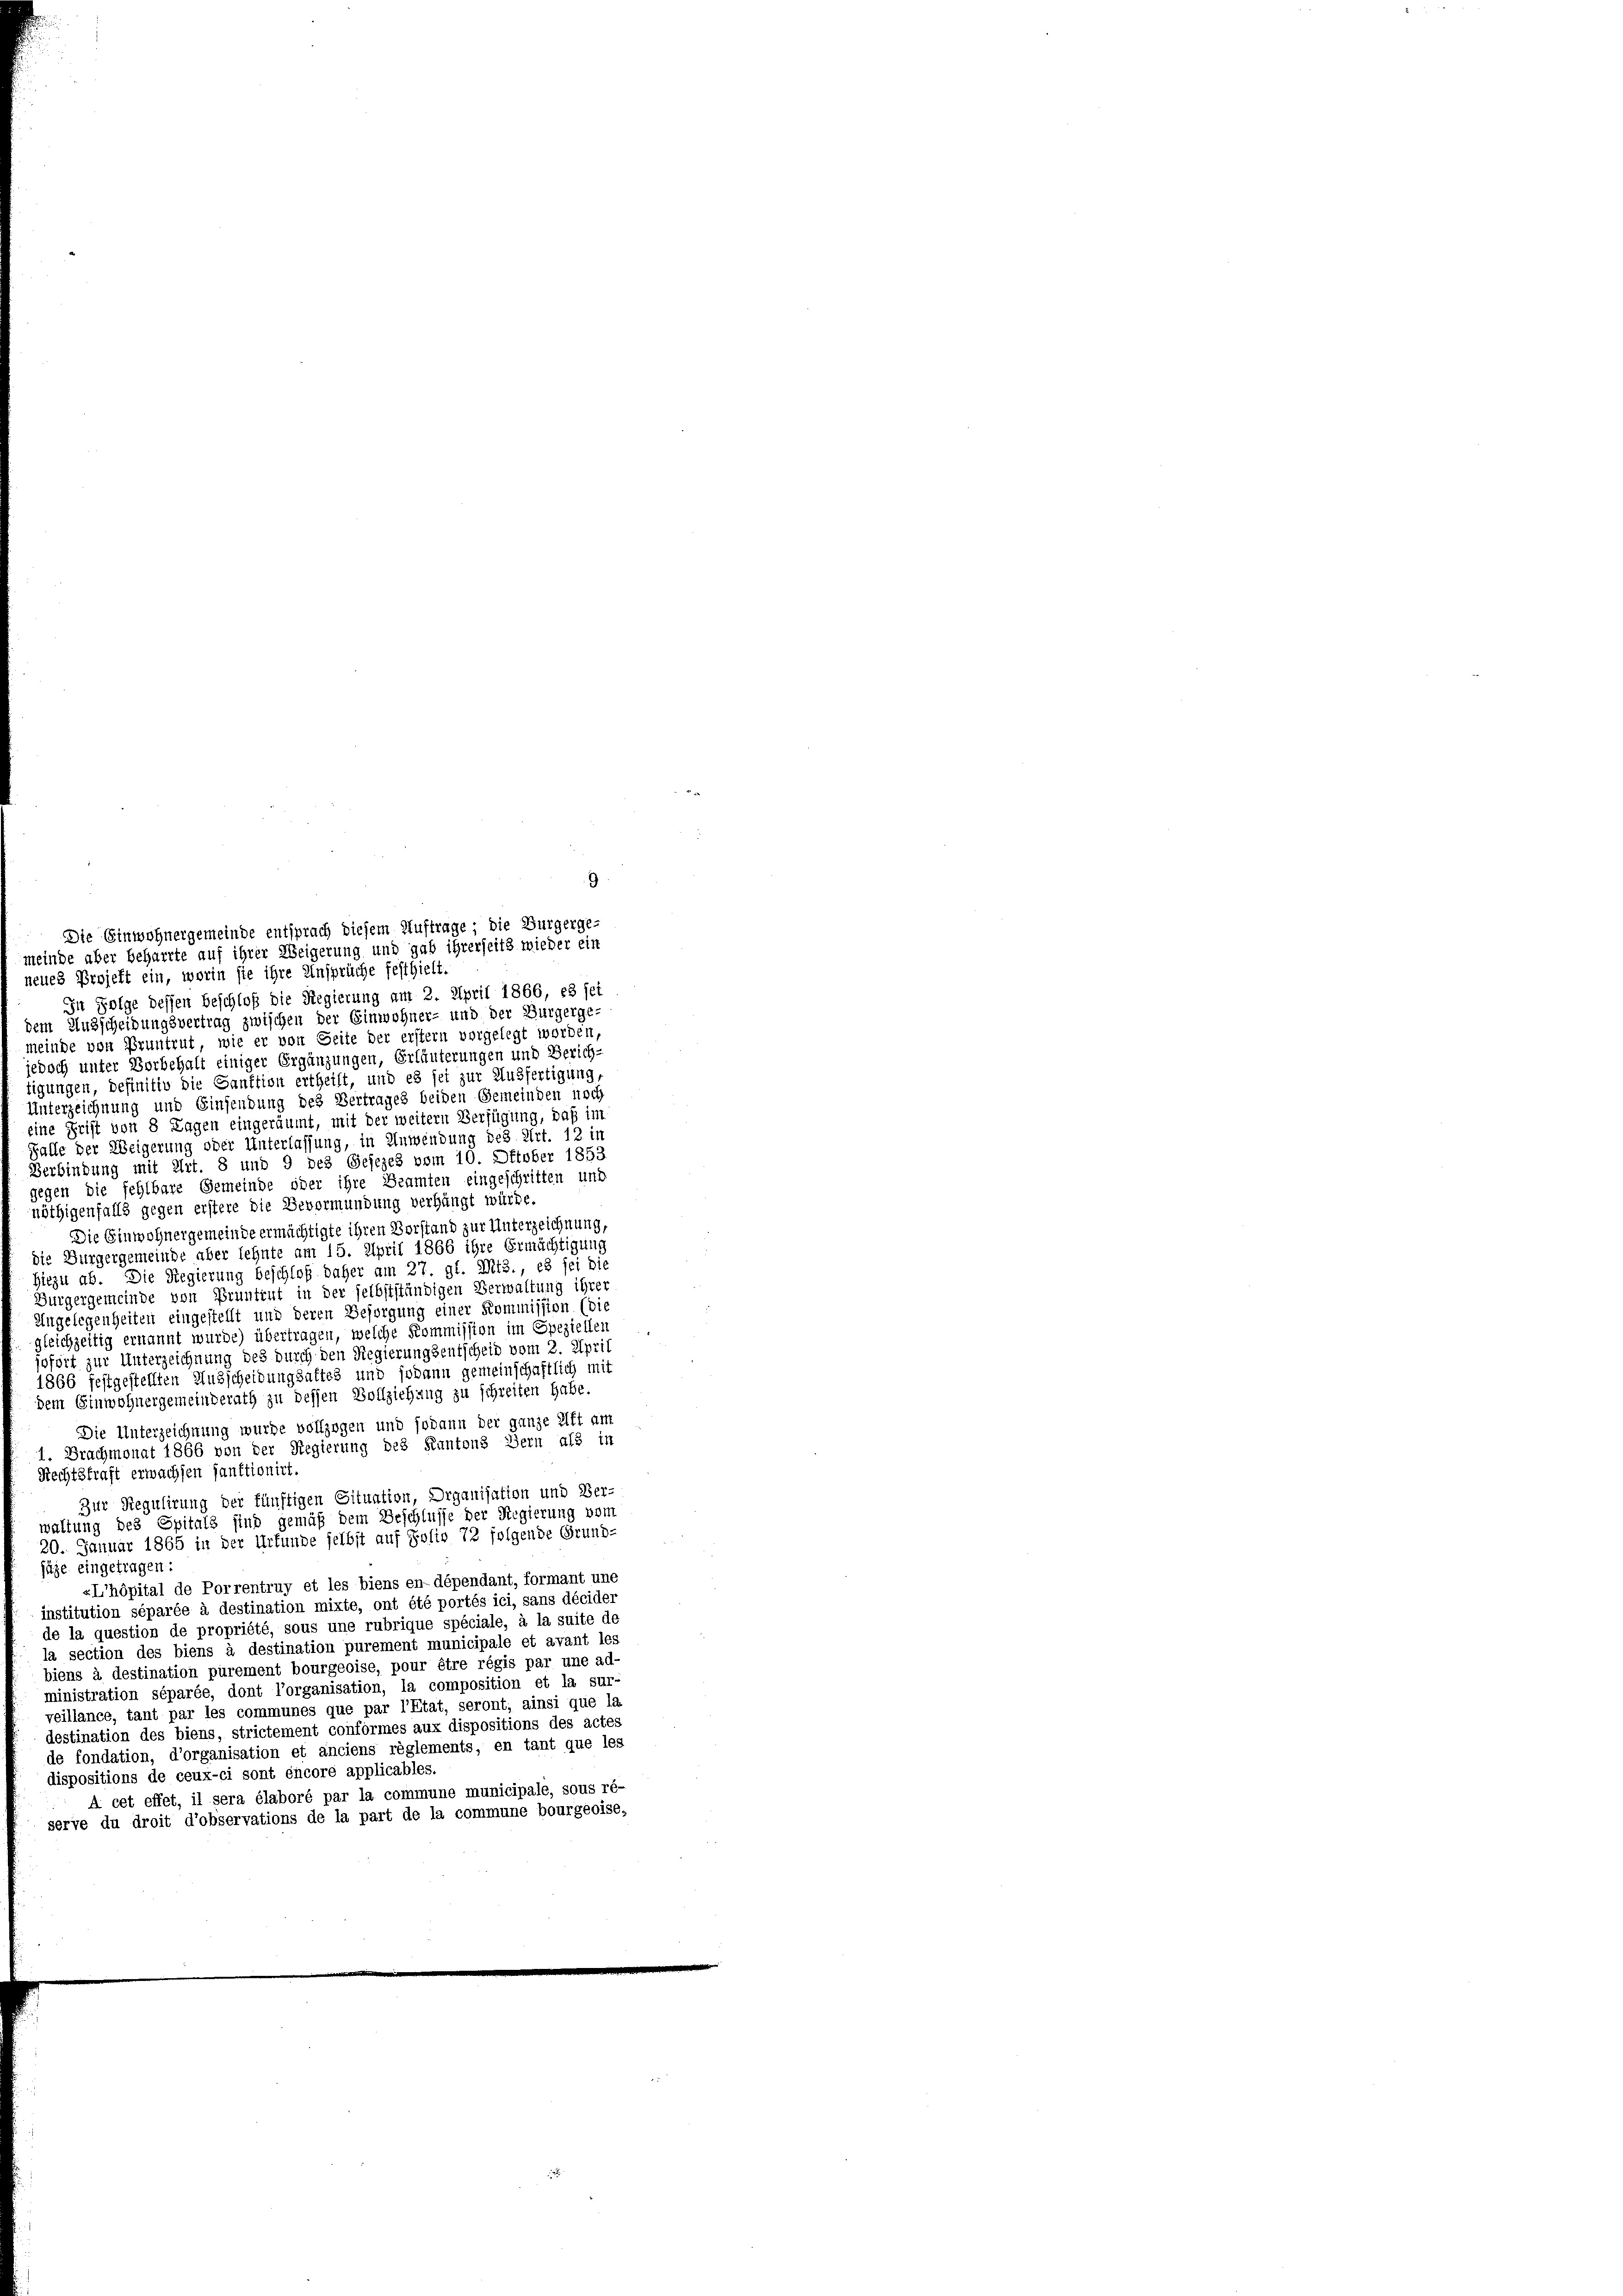
9

Die Einwohnergemeinde entsprach diesem Auftrage; die Burgerge-
meinde aber beharrte auf ihrer Weigerung und gab ihrerseits wieder ein
neues Projekt ein, worin sie ihre Ansprüche festhielt.
In Folge dessen Beschloß die Regierung am 2. April 1866, es jet
dem Ausscheidungsvertrag zwischen der Einwohner- und der Burgerge-
meinde von Pruntrut, wie er von Seite der erster vorgelegt worden,
jedoch unter Vorbehalt einiger Ergänzungen, Erläuterungen und Zürich-
tigungen, definitiv die Sanktion ertheilt, und es sei zur Ausfertigung,
Unterzeichnung und Einsendung des Vertrages beiden Gemeinden noch
eine Frist von 8 Tagen eingeräumt, mit der weitern Verfügung, daß im
Falle der Weigerung oder Unterlassung, in Anwendung des Art. 12 in
Verbindung mit Art. 8 und 9 des Gesezes vom 10. Oktober 1853.
gegen die fehlbare Gemeinde oder ihre Beamten eingeschritten und
nöthigenfalls gegen erstere die Bevormundung verhängt würde
Die Einwohnergemeinde ermächtigte ihren Verstand zur Unterzeichnung,
die Bürgergemeinde aber lehnte am 15. April 1866 ihre Ermächtigung
Hiezu ab. Die Regierung beschloß daher am 27. gl. Mts., es sei die
Bürgergemeinde von Pruntrut in der selbstständigen Verwaltung ihrer
Angelegenheiten eingestellt und deren Besorgung einer Kommission (die
gleichzeitig ernannt wurde) übertragen, welche Kommission im Speziellen
jofört zur Unterzeichnung des durch den Regierungsentscheid vom 2. April
1866 festgestellten Ausscheidungsaltes und sodann gemeinschaftlich mit
dem Einwohnergemeinderath zu dessen Vollziehung zu schreiten habe.
Die Unterzeichnung wurde vollzogen und sodann der ganze Ift am
1. Brachmonat 1866 von der Regierung des Kantons Bern als in
Rechtskraft erwachsen sanktionirt
Zur Regulirung der fünftigen Situation, Organisation und Ver-
waltung des Spitals sind gemäß dem Beschlusse der Regierung vom
20. Januar 1865 in der Urkunde selbst auf Polio 72 folgende Grund-
jäge eingetragen:
«L’hôpital de Porrentruy et les biens en dépendant, formant une
institution séparée à destination mixte, ont été portés ici, sans décider
de la question de propriété, sous une rubrique spéciale, à la suite de
la section des biens à destination purement municipale et avant les
biens à destination purement bourgeoise, pour être régis par une ad-
ministration séparée, dont l’organisation, la composition et la sur-
veillance, tant par les communes que par l’Etat, seront, ainsi que la
destination des biens, strictement conformes aux dispositions des actes
de fondation, d’organisation et anciens règlements, en tant que les
dispositions de ceux-ci sont encore applicables.
A cet effet, il sera élaboré par la commune municipale, sous ré-
serve du droit d’observations de la part de la commune bourgeoise,